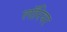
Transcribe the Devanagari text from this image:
लॉरियर